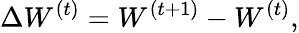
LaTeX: \Delta W^{(t)}=W^{(t+1)}-W^{(t)},